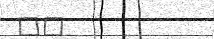
٣٩